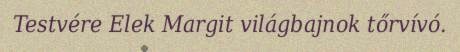
Testvére Elek Margit világbajnok tőrvívó.